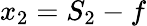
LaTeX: x_{2}=S_{2}-f